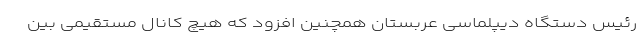
رئیس دستگاه دیپلماسی عربستان همچنین افزود که هیچ کانال مستقیمی بین